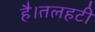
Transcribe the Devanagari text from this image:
है।तलहटी